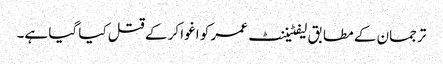
ترجمان کے مطابق لیفٹیننٹ عمر کو اغوا کر کے قتل کیا گیا ہے۔